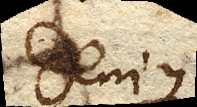
Denique